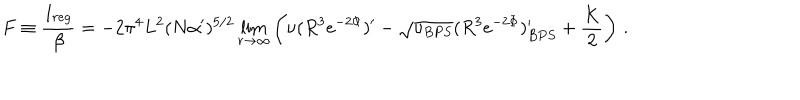
LaTeX: F \equiv \frac { I _ { r e g } } { \beta } = - 2 \pi ^ { 4 } L ^ { 2 } ( N \alpha ^ { \prime } ) ^ { 5 / 2 } \lim _ { r \to \infty } \left( \nu ( R ^ { 3 } e ^ { - 2 \Phi } ) ^ { \prime } - \sqrt { \nu _ { B P S } } ( R ^ { 3 } e ^ { - 2 \Phi } ) _ { B P S } ^ { \prime } + \frac { K } { 2 } \right) \, .